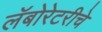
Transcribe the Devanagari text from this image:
लॅबोरेटरीचे